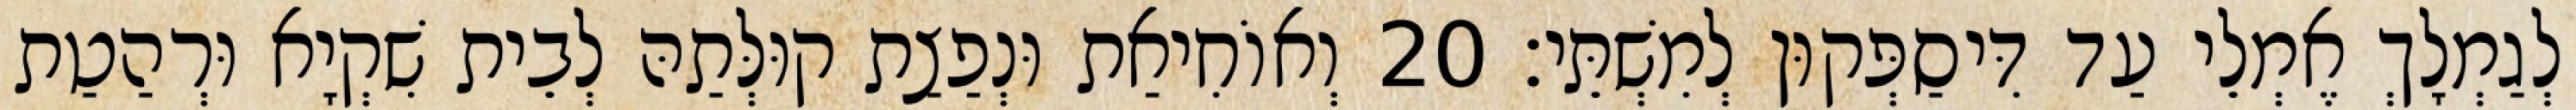
לְגַמְלָךְ אֶמְלֵי עַד דִּיסַפְּקוּן לְמִשְׁתֵּי׃ 20 וְאוֹחִיאַת וּנְפַצַת קוּלְּתַהּ לְבֵית שִׁקְיָא וּרְהַטַת